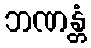
ဘဏန္တံ